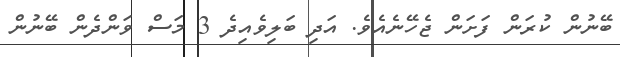
ބޭނުން ކުރަން ފަށަން ޖެހޭނެއެވެ. އަދި ބަލިވެއިދެ 3 މަސް ވަންދެން ބޭނުން